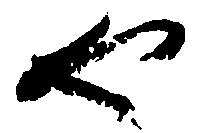
や